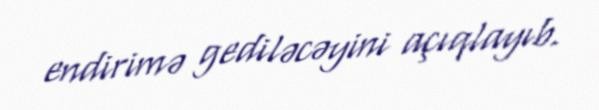
endirimə gediləcəyini açıqlayıb.